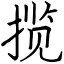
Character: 揽